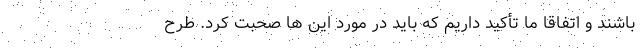
باشند و اتفاقا ما تأکید داریم که باید در مورد این ها صحبت کرد. طرح